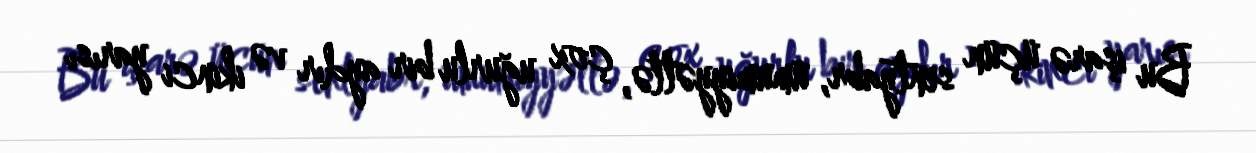
Bu işarə üçün sentyabr, ümumiyyətlə, çox uğurlu bir aydır və ikinci yarısı